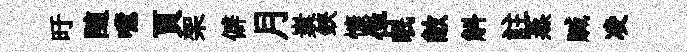
旴随噫頁架僻月嶪鋏慷佯眠敝斛註蒸贓凌